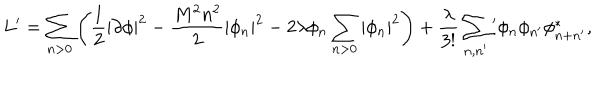
LaTeX: L ^ { \prime } = \sum _ { n > 0 } \left( \frac 1 2 | \partial \phi | ^ { 2 } - \frac { M ^ { 2 } n ^ { 2 } } { 2 } | \phi _ { n } | ^ { 2 } - 2 \lambda \phi _ { n } \sum _ { n > 0 } | \phi _ { n } | ^ { 2 } \right) + \frac { \lambda } { 3 ! } \sum _ { n , n ^ { \prime } } { } ^ { \prime } \phi _ { n } \phi _ { n ^ { \prime } } \phi _ { n + n ^ { \prime } } ^ { * } ,